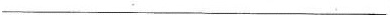
___